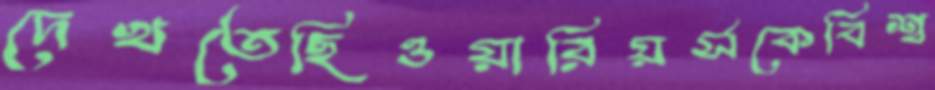
দেখতেছিওয়ারিয়র্সকেবিশ্ব